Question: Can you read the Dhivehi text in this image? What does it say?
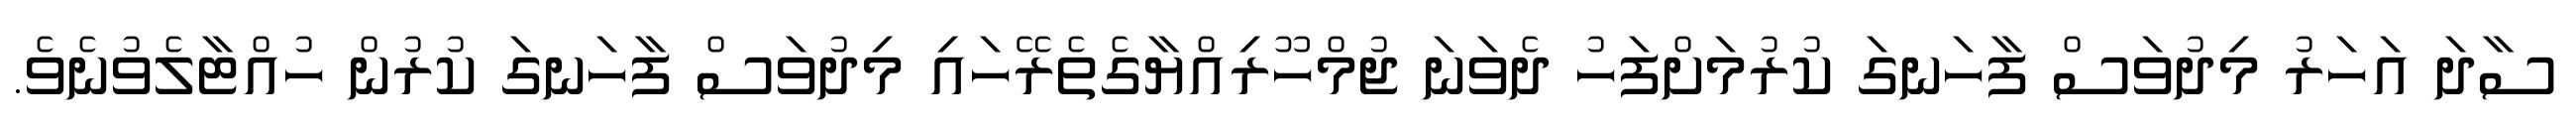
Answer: ސާދަ އަހަރު މިދުވަސް ފާހަނގަ ކުރުމަށްފަހު ދެވަނަ ޖުމްހޫރިއްޔާގެތެރޭހައި މިދުވަސް ފާހަނގަ ކުރުން ހުއްޓާލެވުނެވެ.